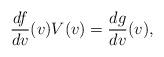
LaTeX: \begin{align*} \frac{df}{dv}(v)V(v)=\frac{dg}{dv}(v),\end{align*}